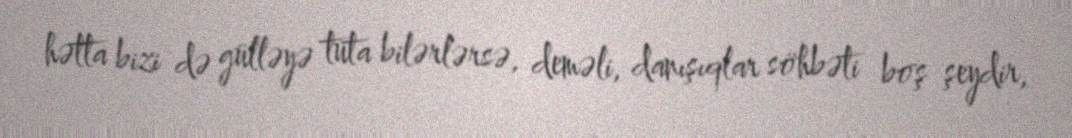
hətta bizi də gülləyə tuta bilərlərsə, deməli, danışıqlar söhbəti boş şeydir,